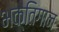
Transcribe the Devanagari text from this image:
भक्तिगान